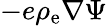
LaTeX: -e\rho_{\mathrm{e}}\nabla\Psi